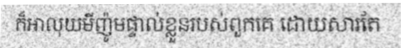
ក៏អាលុយមីញ៉ូមផ្ទាល់ខ្លួនរបស់ពួកគេ ដោយសារតែ